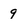
Character: 9